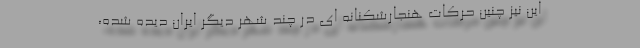
این نیز چنین حرکات هنجارشکنانه ای در چند شهر دیگر ایران دیده شده،